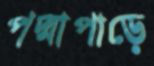
পদ্মাপাড়ে